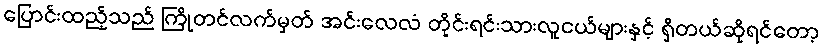
ပြောင်းထည့်သည် ကြိုတင်လက်မှတ် အင်းလေလံ တိုင်းရင်းသားလူငယ်များနှင့် ရှိတယ်ဆိုရင်တော့